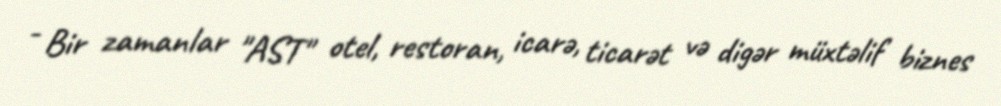
- Bir zamanlar "AST" otel, restoran, icarə, ticarət və digər müxtəlif biznes